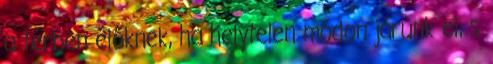
a térben élőknek, ha helytelen módon járunk el, s